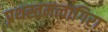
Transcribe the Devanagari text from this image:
प्रथस्तमत्वागिरा